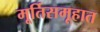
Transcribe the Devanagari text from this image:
मूर्तिसमूहात